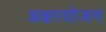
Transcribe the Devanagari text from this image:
अक्षरयोजन